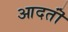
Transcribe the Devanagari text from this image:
आदतॊं